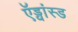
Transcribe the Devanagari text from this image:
ऍड्वांस्ड